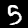
Label: 5